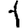
Digit: 1